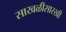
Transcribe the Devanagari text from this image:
साखळीसारखी